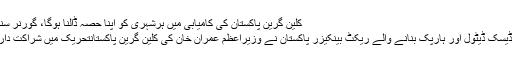
کلین گرین پاکستان کی کامیابی میں ہرشہری کو اپنا حصہ ڈالنا ہوگا، گورنر سندھ عمران اسماعیل
کراچی جدت ویب ڈیسک ڈیٹول اور ہارپک بنانے والے ریکٹ بینکیزر پاکستان نے وزیراعظم عمران خان کی کلین گرین پاکستانتحریک میں شراکت داری کا اعلان کردیا۔